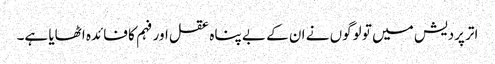
اتر پردیش میں تو لوگوں نے ان کے بے پناہ عقل اور فہم کا فائدہ اٹھایا ہے۔